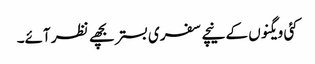
کئی ویگنوں کے نیچے سفری بستر بچھے نظر آئے۔